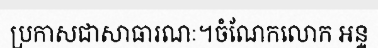
ប្រកាសជាសាធារណៈ។ចំណែកលោក អន្ទ